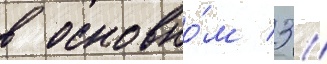
в основно́м 3 //